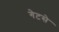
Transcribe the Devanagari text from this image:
गेटसे